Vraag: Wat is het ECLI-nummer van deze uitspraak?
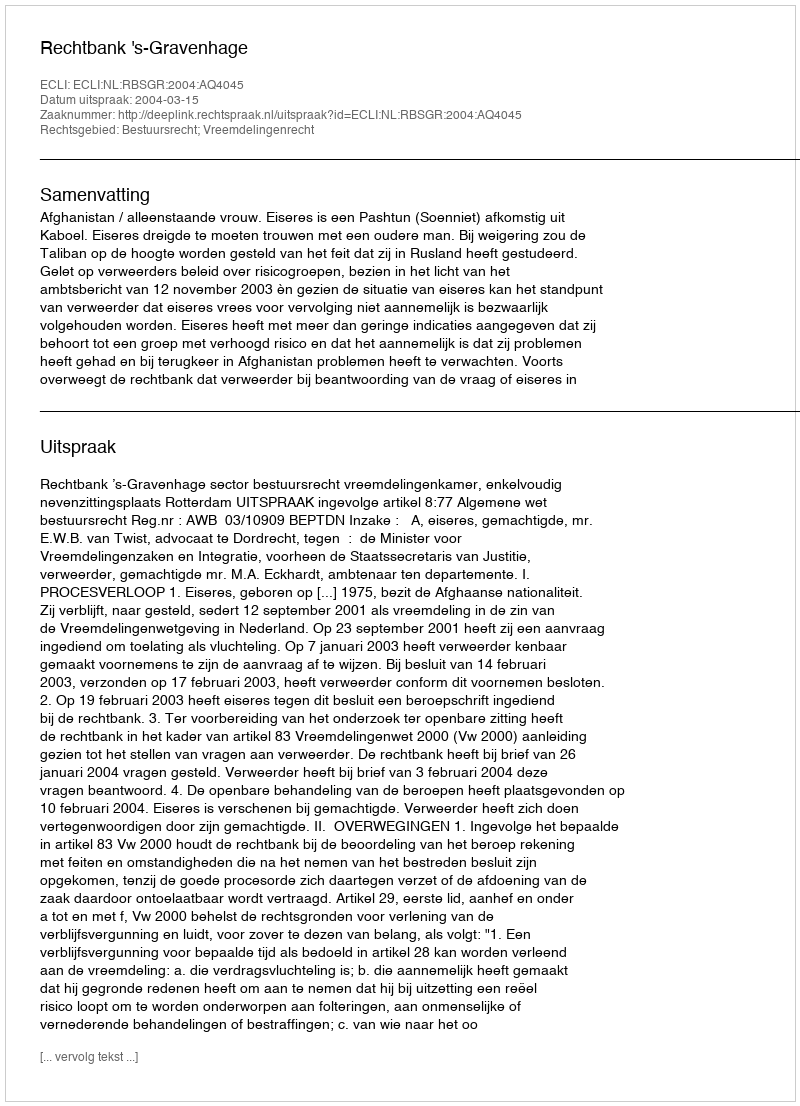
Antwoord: ECLI:NL:RBSGR:2004:AQ4045